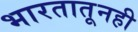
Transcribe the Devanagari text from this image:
भारतातूनही